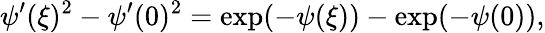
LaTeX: \psi^{\prime}(\xi)^{2}-\psi^{\prime}(0)^{2}=\exp(-\psi(\xi))-\exp(-\psi(0)),